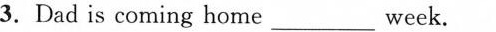
3.Dad is coming home ___ week.